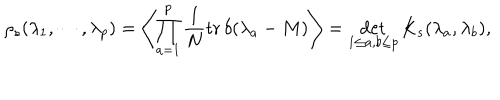
LaTeX: \rho _ { s } ( \lambda _ { 1 } , \cdots , \lambda _ { p } ) = \left\langle \prod _ { a = 1 } ^ { p } \frac { 1 } { N } \mathrm { t r } \, \delta ( \lambda _ { a } - M ) \right\rangle = \det _ { 1 \leq a , b \leq p } K _ { s } ( \lambda _ { a } , \lambda _ { b } ) ,